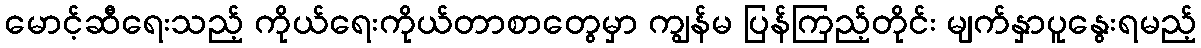
မောင့်ဆီရေးသည့် ကိုယ်ရေးကိုယ်တာစာတွေမှာ ကျွန်မ ပြန်ကြည့်တိုင်း မျက်နှာပူနွေးရမည့်